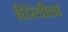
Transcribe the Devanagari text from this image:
पिरेलीला